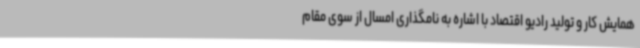
همایش کار و تولید رادیو اقتصاد با اشاره به نامگذاری امسال از سوی مقام